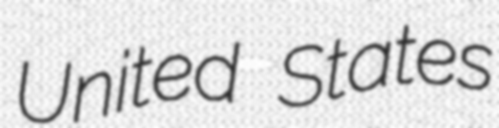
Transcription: United States